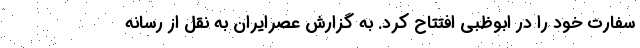
سفارت خود را در ابوظبی افتتاح کرد. به گزارش عصرایران به نقل از رسانه